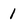
Character: 1